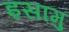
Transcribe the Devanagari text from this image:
इसामु